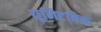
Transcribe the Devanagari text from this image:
यूनिटबिक